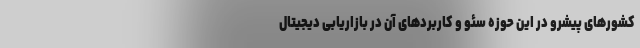
کشورهای پیشرو در این حوزه سئو و کاربردهای آن در بازاریابی دیجیتال